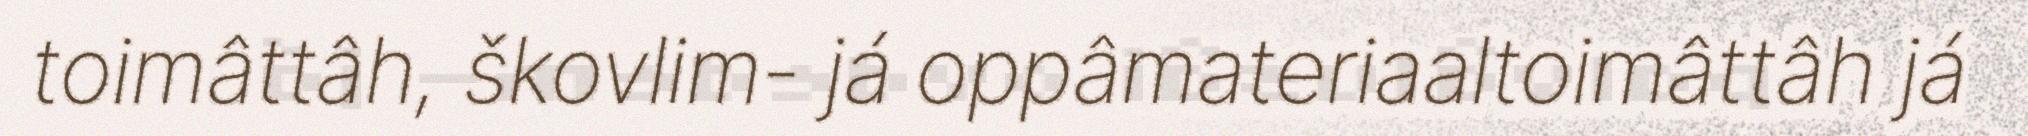
toimâttâh, škovlim- já oppâmateriaaltoimâttâh já